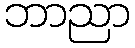
ဘာညာ